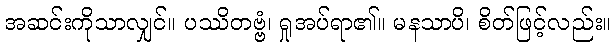
အဆင်းကိုသာလျှင်။ ပဿိတဗ္ဗံ၊ ရှုအပ်ရာ၏။ မနသာပိ၊ စိတ်ဖြင့်လည်း။